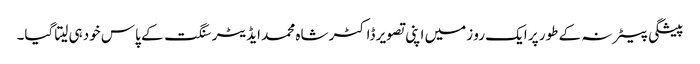
پیشگی بیعانہ کے طور پر ایک رو زمیں اپنی تصویر ڈاکٹر شاہ محمد ایڈیٹر سنگت کے پاس خودہی لیتا گیا۔